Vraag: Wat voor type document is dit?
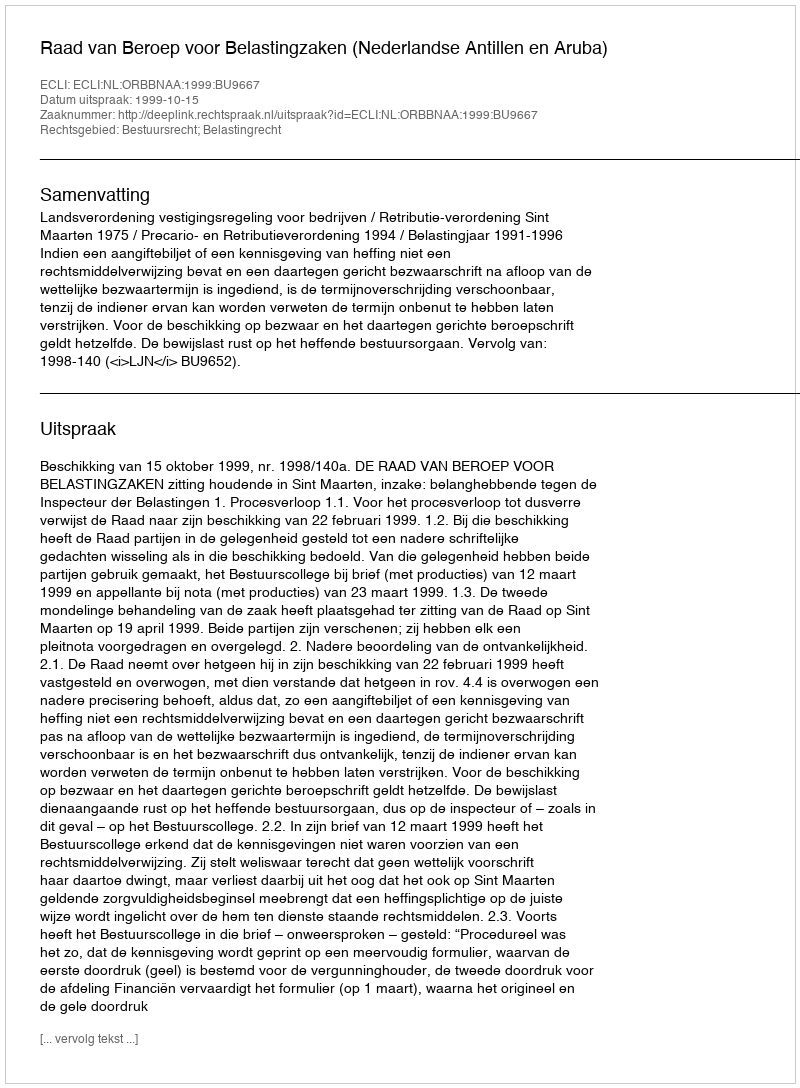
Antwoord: Uitspraak